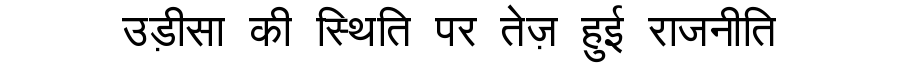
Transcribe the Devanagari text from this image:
उड़ीसा की स्थिति पर तेज़ हुई राजनीति